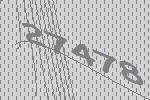
27478